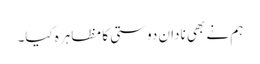
ہم نے بھی نادان دوستی کا مظاہرہ کیا۔